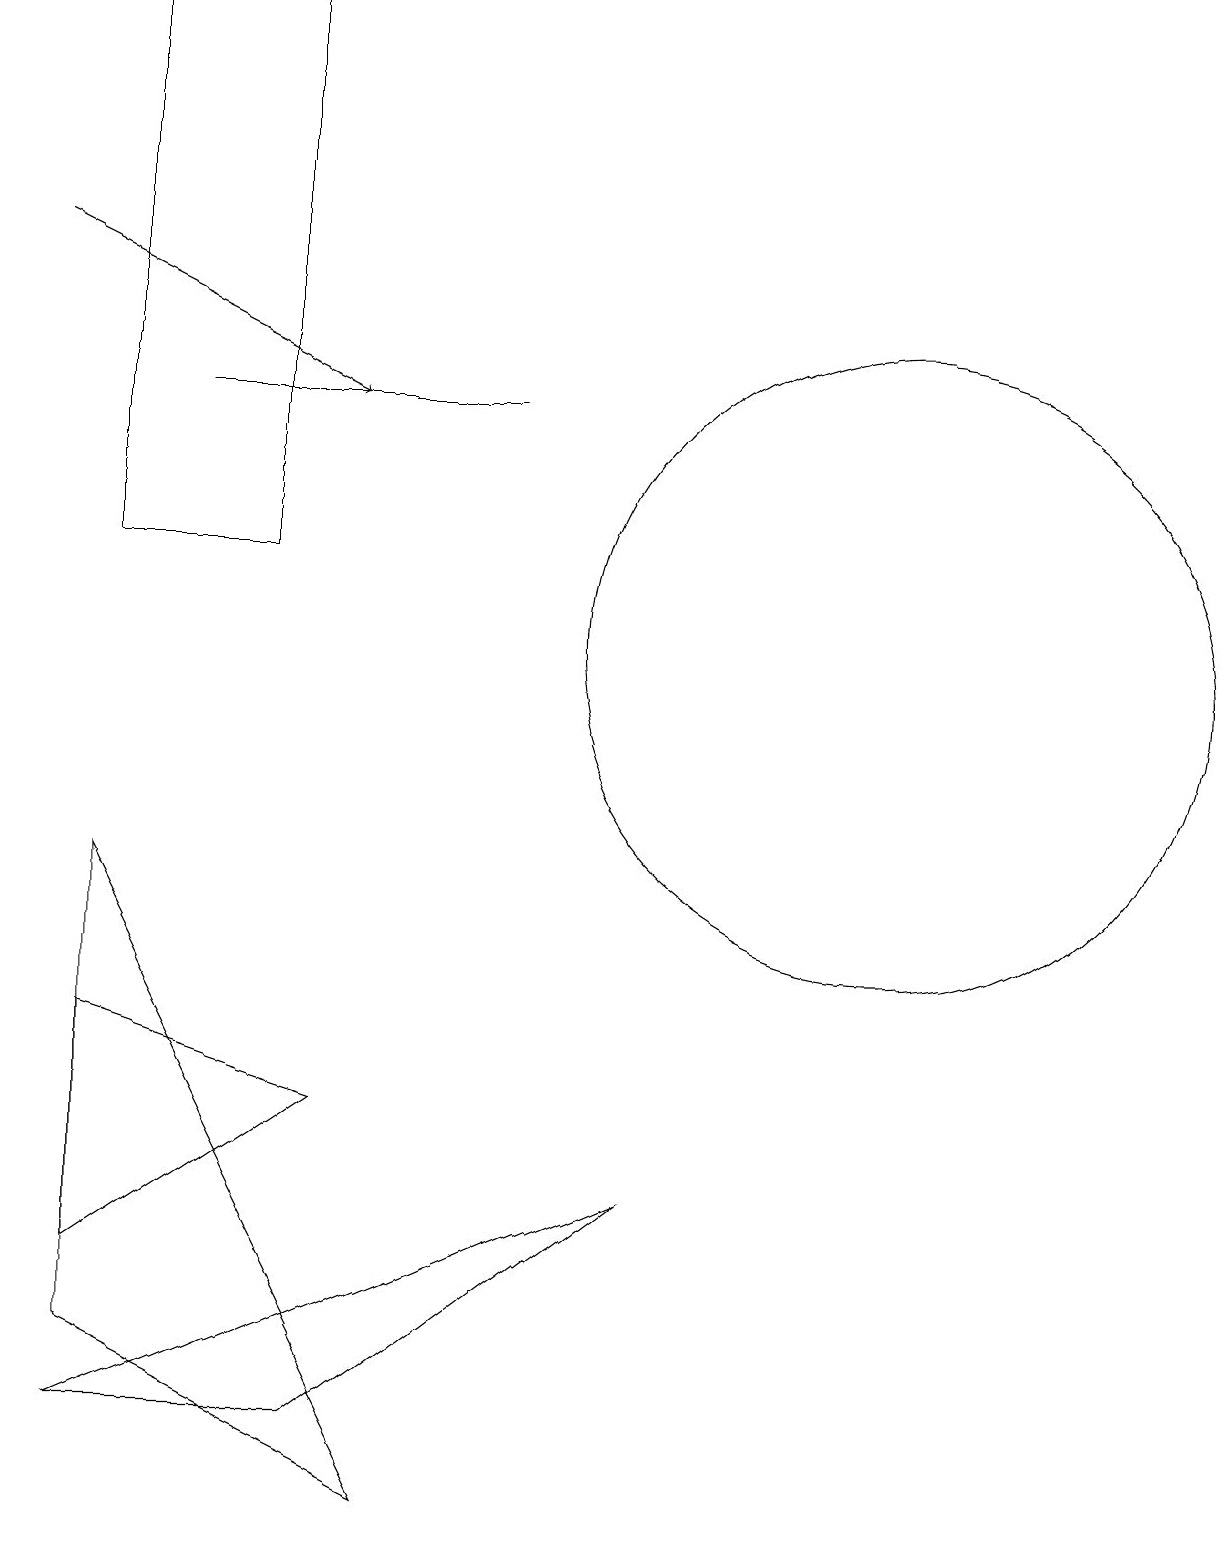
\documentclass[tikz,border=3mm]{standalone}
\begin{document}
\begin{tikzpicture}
\draw (12,11) circle (4);
\draw (6,0) -- (2,8) -- (2,2) -- cycle;
\draw (2,1) -- (9,4) -- (5,1) -- cycle;
\draw (3,14) rectangle (7,14);
\draw (2,6) -- (5,5) -- (2,3) -- cycle;
\draw (4,12) rectangle (2,19);
\draw[->] (1,16) -- (5,14);
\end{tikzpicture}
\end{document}